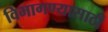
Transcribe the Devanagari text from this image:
विभागण्यासाठी